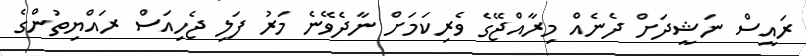
ރައީސް ނަޝީދަށް ދެނެއް މިރާއްޖޭގެ ވެރިކަމަށް ނާދެވޭނެ މަރު ފަލި ޖެހިއަސް ރައްޔިތުންގެ